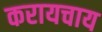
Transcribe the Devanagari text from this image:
करायचाय